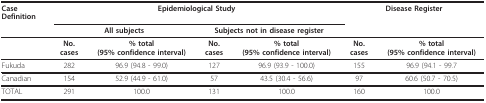
| Case Definition | <COLSPAN=4> Epidemiological Study | <COLSPAN=2> Disease Register |
 |  | <COLSPAN=2> All subjects | <COLSPAN=2> Subjects not in disease register |  |  |
 | --- | --- | --- | --- | --- | --- | --- |
 |  | No. cases | % total (95%confidence interval) | No. cases | % total (95%confidence interval) | No. cases | % total (95%confidence interval) |
 | Fukuda | 282 | 96.9 (94.8 - 99.0) | 127 | 96.9 (93.9 - 100.0) | 155 | 96.9 (94.1 - 99.7 |
 | Canadian | 154 | 52.9 (44.9 - 61.0) | 57 | 43.5 (30.4 - 56.6) | 97 | 60.6 (50.7 - 70.5) |
 | TOTAL | 291 | 100.0 | 131 | 100.0 | 160 | 100.0 |